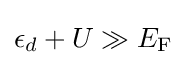
\epsilon _{d}+U\gg E_{\rm {F}}